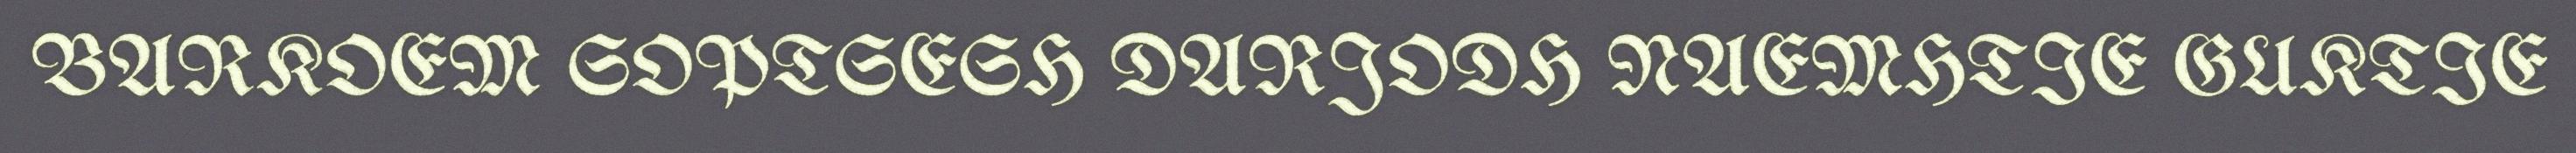
BARKOEM SOPTSESH DARJODH NAEMHTIE GUKTIE